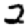
Digit: 2